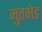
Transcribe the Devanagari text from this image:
मुतभेड